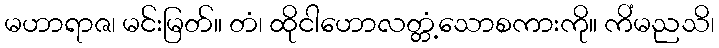
မဟာရာဇ၊ မင်းမြတ်။ တံ၊ ထိုငါဟောလတ္တံ့သောစကားကို။ ကိံမညသိ၊